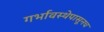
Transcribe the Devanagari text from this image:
गर्भावस्थेपासूनच